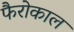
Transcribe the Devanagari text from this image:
फैरोकाल